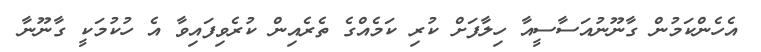
އެހެންކަމުން ގާނޫނުއަސާސީއާ ހިލާފަށް ކުރި ކަމެއްގެ ތެރެއިން ކުރެވިފައިވާ އެ ހުކުމަކީ ގާނޫނާ